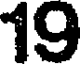
19